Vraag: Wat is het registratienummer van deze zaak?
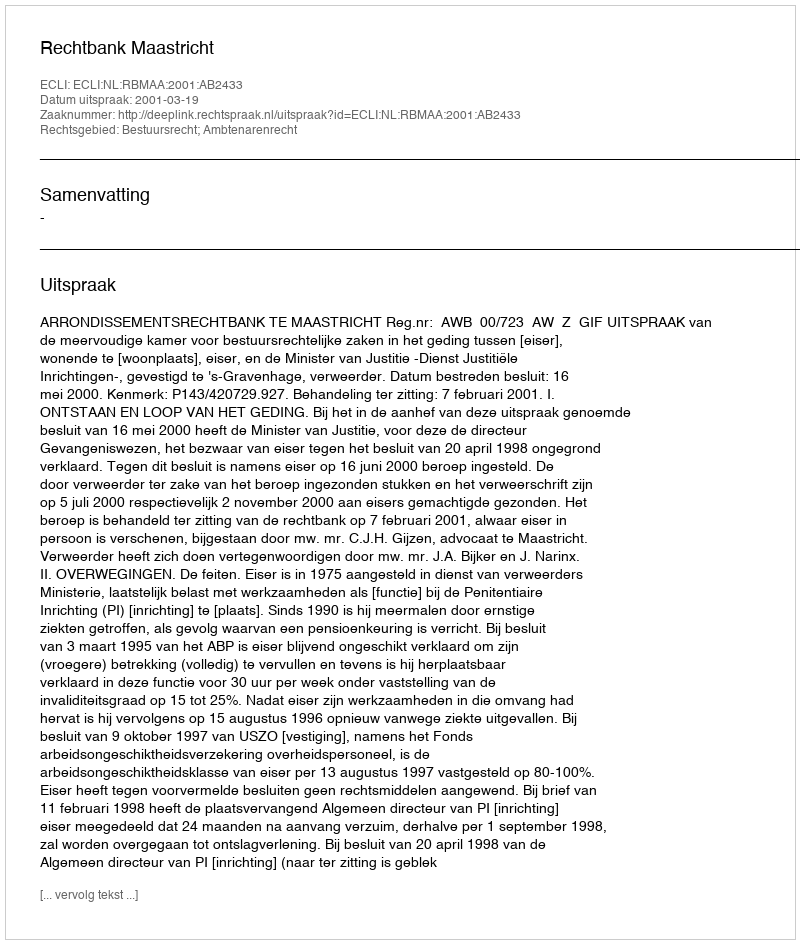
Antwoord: http://deeplink.rechtspraak.nl/uitspraak?id=ECLI:NL:RBMAA:2001:AB2433